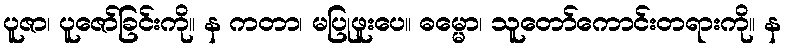
ပူဇာ၊ ပူဇော်ခြင်းကို။ န ကတာ၊ မပြုဖူးပေ။ ဓမ္မော၊ သူတော်ကောင်းတရားကို။ န